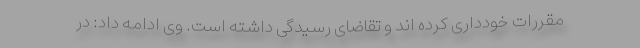
مقررات خودداری کرده اند و تقاضای رسیدگی داشته است. وی ادامه داد: در